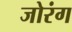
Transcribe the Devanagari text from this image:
जोरंग